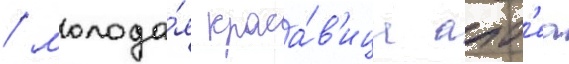
/ молода́я краса́в'ица алт'еа